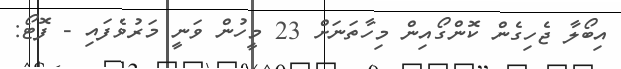
އިބޯލާ ޖެހިގެން ކޮންގޯއިން މިހާތަނަށް 23 މީހުން ވަނީ މަރުވެފައި - ފޮޓޯ: